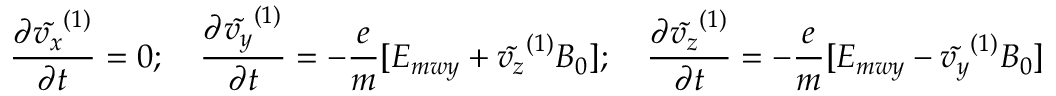
\frac { \partial \tilde { v _ { x } } ^ { ( 1 ) } } { \partial t } = 0 ; \quad \frac { \partial \tilde { v _ { y } } ^ { ( 1 ) } } { \partial t } = - \frac { e } { m } [ E _ { m w y } + \tilde { v _ { z } } ^ { ( 1 ) } B _ { 0 } ] ; \quad \frac { \partial \tilde { v _ { z } } ^ { ( 1 ) } } { \partial t } = - \frac { e } { m } [ E _ { m w y } - \tilde { v _ { y } } ^ { ( 1 ) } B _ { 0 } ]